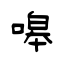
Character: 嗥